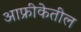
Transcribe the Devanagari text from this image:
आफ्रीकेतील